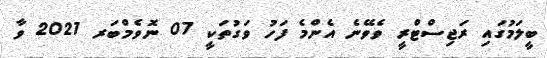
ބީލަމުގައި ރަޖިސްޓްރީ ވެވޭނެ އެންމެ ފަހު ވަގުތަކީ 07 ނޮވެމްބަރ 2021 ވާ